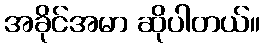
အခိုင်အမာ ဆိုပါတယ်။